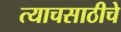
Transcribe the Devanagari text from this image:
त्याचसाठीचे